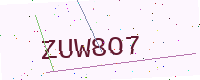
Text: ZUW8O7